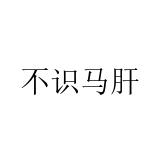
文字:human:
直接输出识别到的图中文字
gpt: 不识马肝